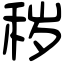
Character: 秽